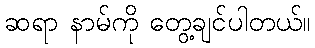
ဆရာ နာမ်ကို တွေ့ချင်ပါတယ်။